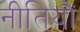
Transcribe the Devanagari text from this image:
नीतियौं